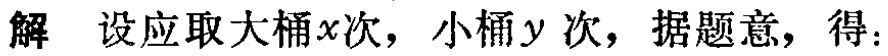
解 设应取大桶\(x\)次，小桶\(y\)次，据题意，得：